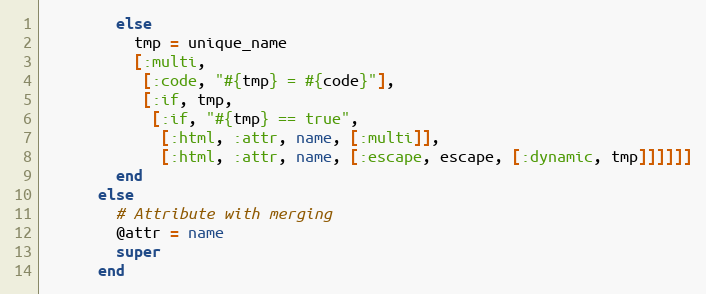
Language: Ruby
        else
          tmp = unique_name
          [:multi,
           [:code, "#{tmp} = #{code}"],
           [:if, tmp,
            [:if, "#{tmp} == true",
             [:html, :attr, name, [:multi]],
             [:html, :attr, name, [:escape, escape, [:dynamic, tmp]]]]]]
        end
      else
        # Attribute with merging
        @attr = name
        super
      end